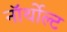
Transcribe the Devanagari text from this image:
नॉर्थोल्ट